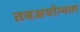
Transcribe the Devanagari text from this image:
तबअयोग्यता